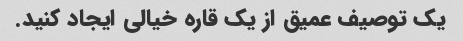
یک توصیف عمیق از یک قاره خیالی ایجاد کنید.